Lunatic asylums Madras 1892-1911 - 1892-1911
Year: 1892
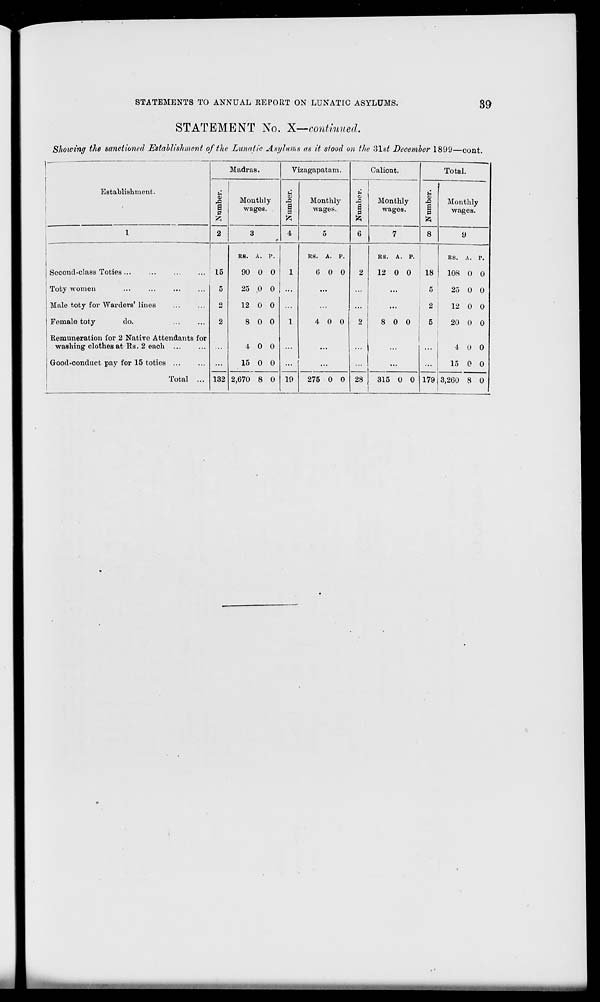
STATEMENTS TO ANNUAL REPORT ON LUNATIC ASYLUMS.
39
STATEMENT No. X—continued.
Showing the sanctioned Establishment of the Lunatic Asylums as it stood on the Z\st December 1899—cont.
Madras.
Vizagapatam.
Calient.
Total.
Establishment.
a
0
2
Monthly
wages.
u
Monthly
wages.
o
i Monthly
wages.
C
S
P
Monthly
wages.
1
3
4
5
6
7
8
9
RS. A. p.
RS. A. P.
RS. A. P.
RS. A. P.
Second-class Toties ...
15
90 0 0
1
GOO
2
12 0 0
18
108 0 0
Toty women
5
25 .0 o ...
...
...
...
5
25 0 0
Male toty for Warders'lines
o
12 0 0
...
...
...
2
12 0 0
Female toty
do.
2
8 0 0
1
4 0 0
2
8 0 0
5
20 0 0
Remuneration for 2 Native Attendants for
washing clothes at Rs. 2 each
-I 0 0
4 0 0
Good-conduct pay for 15 toties ...
Total ... 132
15 0 0
19
...
28
...
...
179
15 0 0
2,670 8 0
275 0 0
315 0 0
3,260 8 0